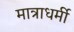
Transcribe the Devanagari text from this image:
मात्राधर्मी